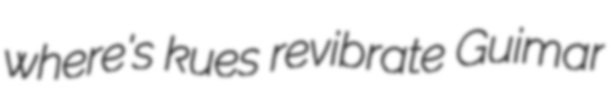
where's kues revibrate Guimar